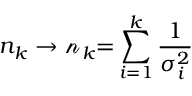
n _ { k } \rightarrow { \mathscr { n } } _ { k } { = } \sum _ { i = 1 } ^ { k } \frac { 1 } { \sigma _ { i } ^ { 2 } }